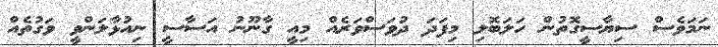
ނަމަވެސް ސިޔާސީގޮތުން ހަލަބޮލި މިފަދަ ދުވަސްވަރެއް މިއީ ގާނޫނު އަސާސީ ނިއުޅާލަންވީ ވަގުތެއް